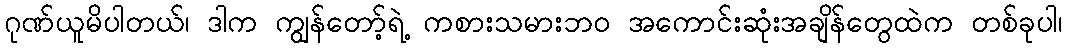
ဂုဏ်ယူမိပါတယ်၊ ဒါက ကျွန်တော့်ရဲ့ ကစားသမားဘ၀ အကောင်းဆုံးအချိန်တွေထဲက တစ်ခုပါ၊